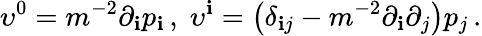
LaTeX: \upsilon^{0}=m^{-2}\partial_{\mathbf{i}}p_{\mathbf{i}}\, ,\; \upsilon^{\mathbf{i}}=\left(\delta_{\mathbf{i}j}-m^{-2}\partial_{\mathbf{i}}\partial_{j}\right)p_{j\, }.